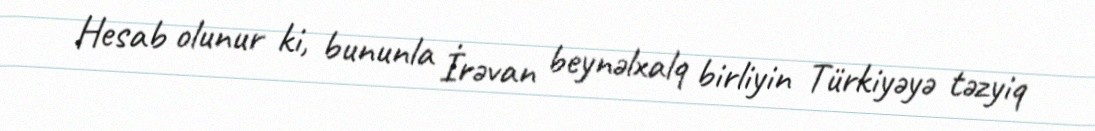
Hesab olunur ki, bununla İrəvan beynəlxalq birliyin Türkiyəyə təzyiq